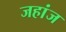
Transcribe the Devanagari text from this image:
जहांज